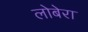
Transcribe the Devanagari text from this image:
लोबेरा